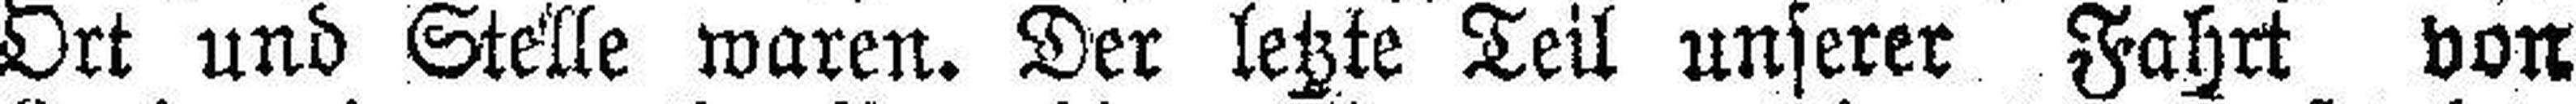
Ort und Stelle waren. Der letzte Teil unserer Fahrt von